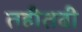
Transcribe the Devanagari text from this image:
तहीतवी